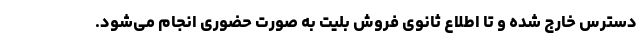
دسترس خارج شده و تا اطلاع‌ ثانوی فروش بلیت به صورت حضوری انجام می‌شود.